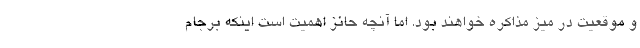
و موقعیت در میز مذاکره خواهند بود. اما آنچه حائز اهمیت است اینکه برجام